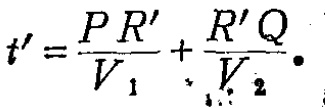
\[t' = \frac{PR'}{V_1} + \frac{R'Q}{V_2} \cdot\]